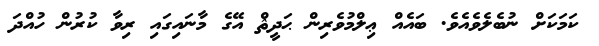
ކަމަކަށް ނުބެލެވެއެވެ. ބައެއް ޢިލްމުވެރިން ޙަދީޘް އޭގެ މާނައިގައި ރިވާ ކުރުން ހުއްދަ